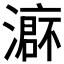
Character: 𱩙